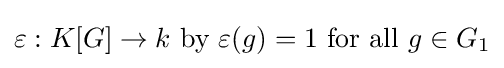
\varepsilon :K[G]\to k~{\text{by}}~\varepsilon (g)=1~{\text{for all}}~g\in G_{1}